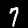
Digit: 7